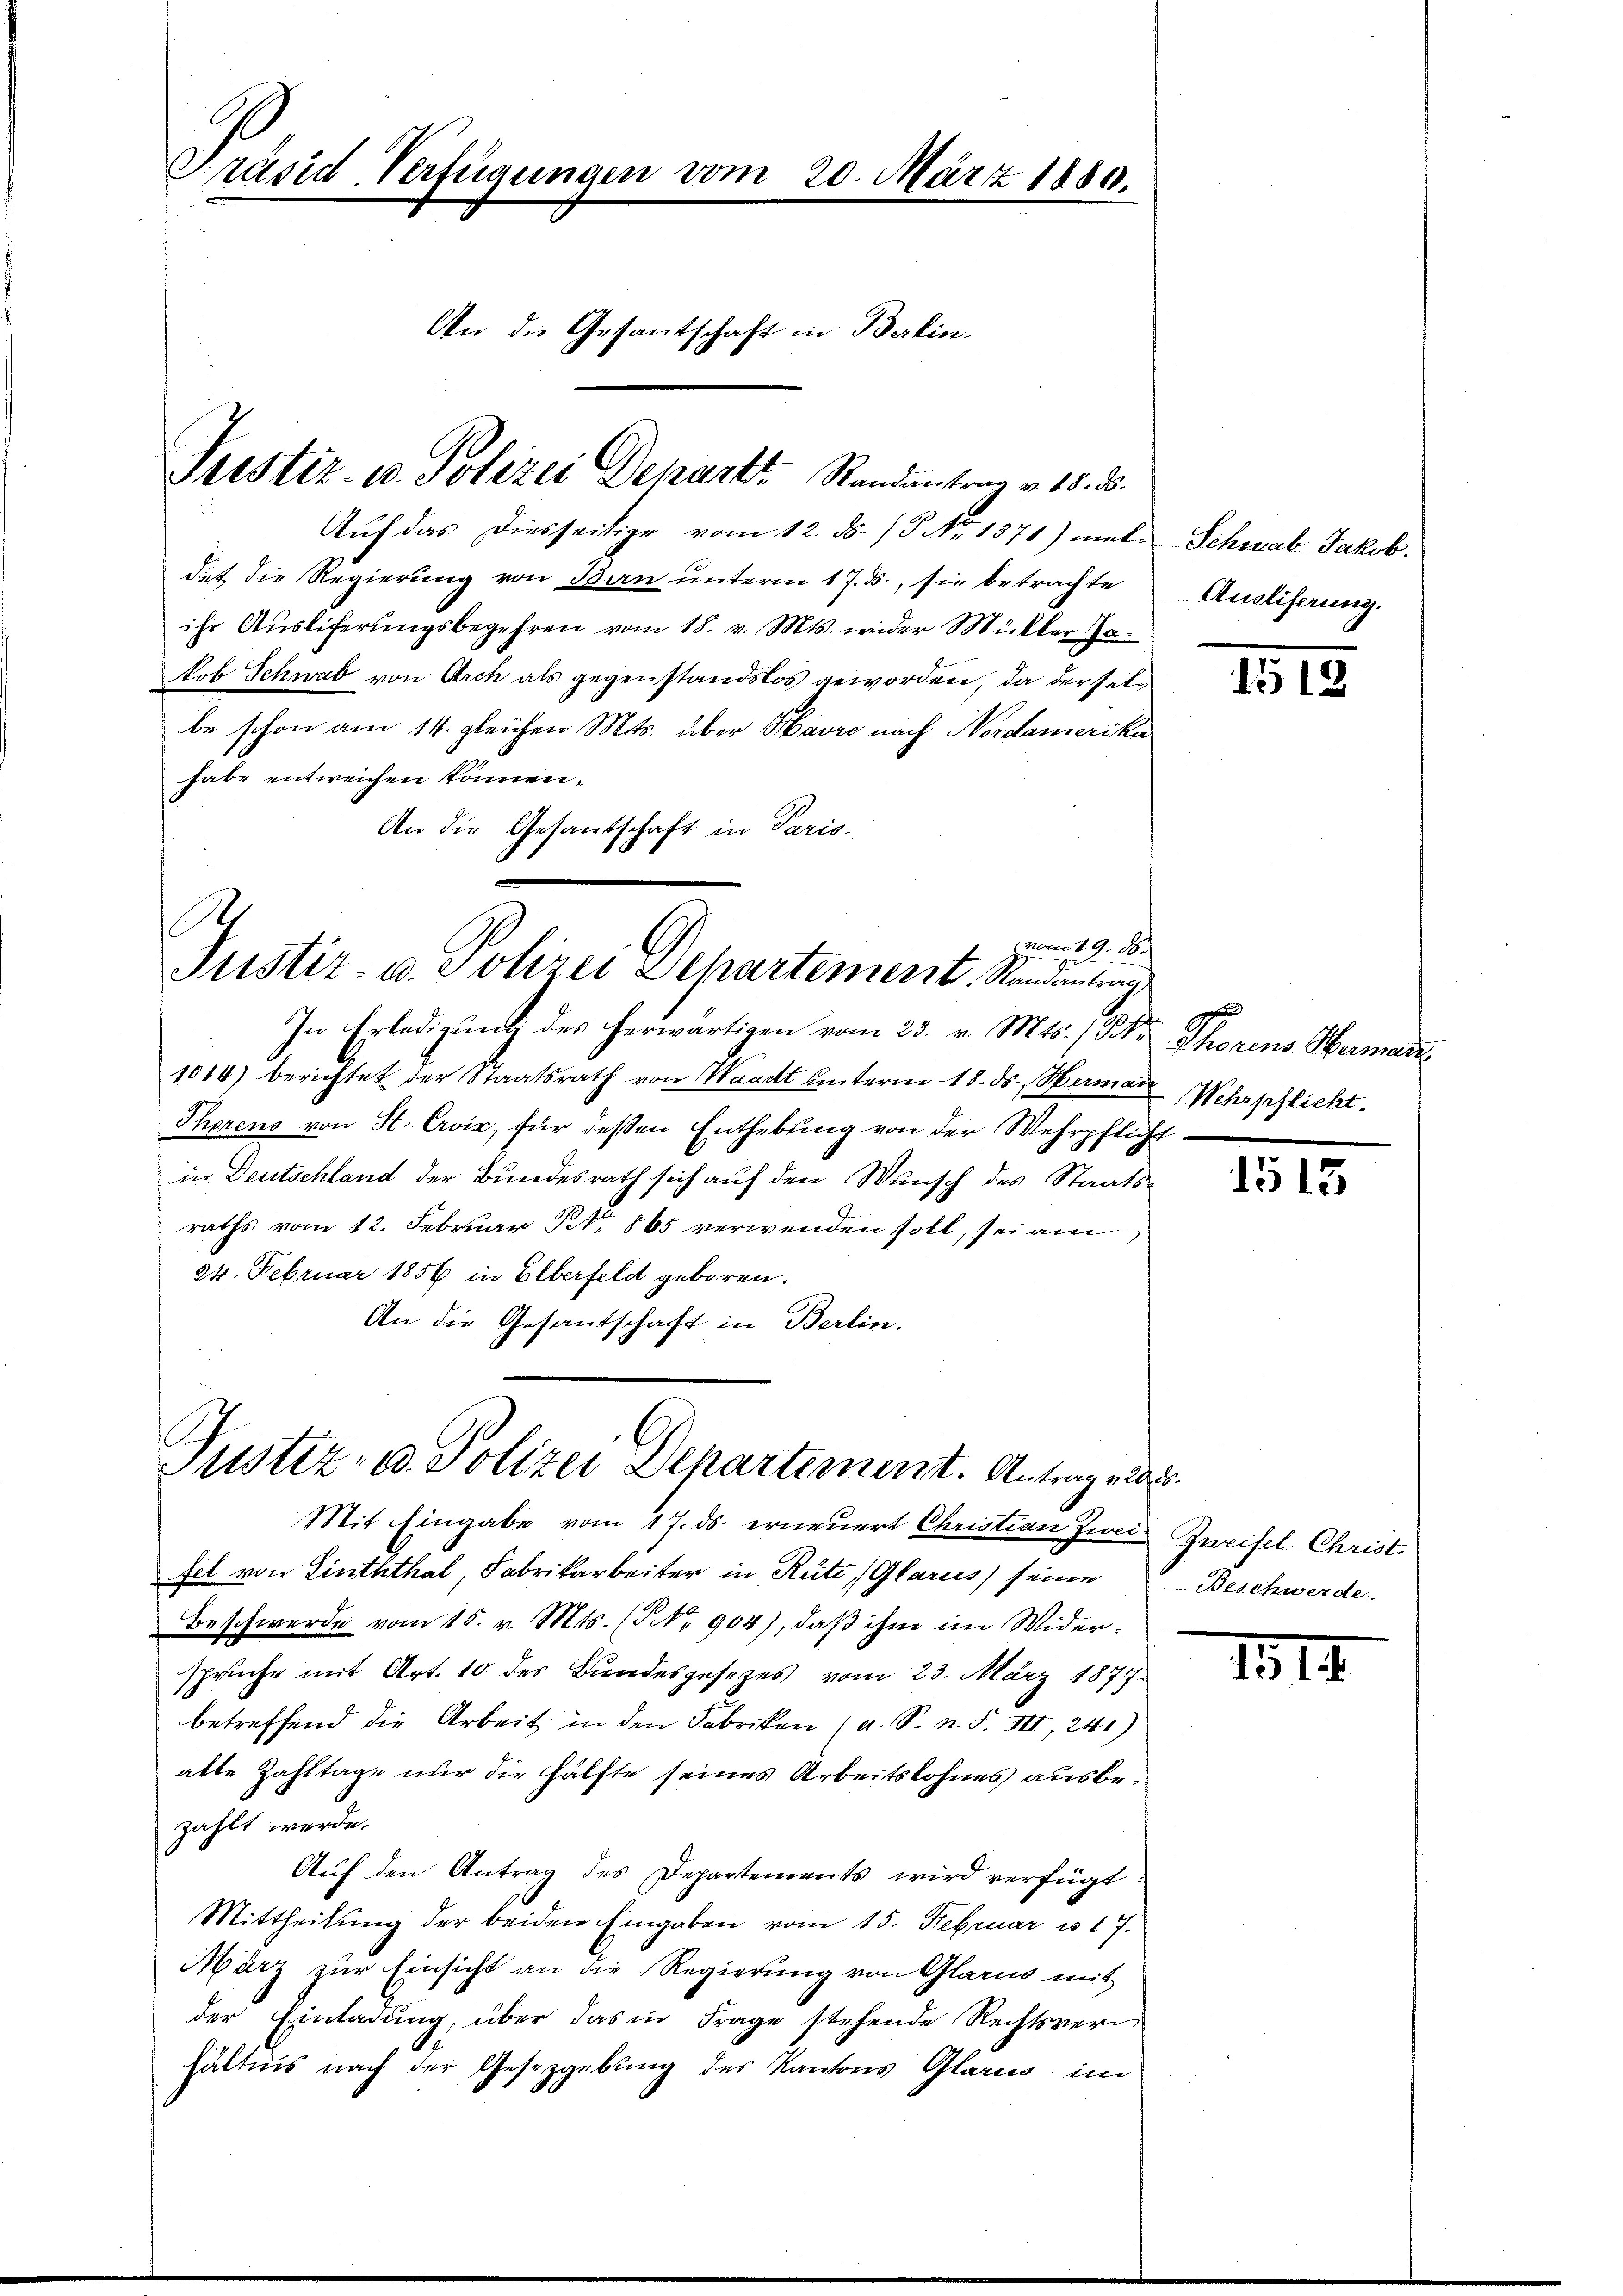
Präsid. Verfügungen vom 20. März 1880.
An die Gesantschaft in Berlin.

Justiz- u. Polizei Depart Randenstrag v. 18. ds.

Auf das diesseitige vom 12. ds. /5 No 1371) mit-
dat die Regierung von Bern unterm 17. ds., sie betrachte
ihr Ausliferungsbegehren vom 18. v. Mts. wieder Müller 70
kob Schwab von Arch als gegenstandslos geworden, da derselbe schon am 14. gleichen Mts. über Havre nach Nordamerika
habe entweichen können.
An die Gesantschaft in Paris.

S
vom 19. d.
Justiz- u. Polizei Departement Randantungs
In Erledigung des herwärtigen vom 23. v. Mts. 1 Petr. Thorens Herman

Justiz- u. Polizei Departement. Antrag und

1014) berichtet der Staatsrath von Waadt unterm 18. ds. Hamann Wehrpflicht.
Thorens von St. Cris, für dessen Enthebung von der Wehrpflicht
in Deutschland der Bundesrath sich auf den Wunsch des Staats-
raths vom 12. Februar Nr. 865 verwenden soll, sei am
24. Februar 1856 in Elberfeld geboren.
An die Gesantschaft in Berlin.

Mit Eingabe vom 17. ds. erneuert Christian Zwei Zweifel. Christ.
fel von Linththal, Fabrikarbeiter in Rüti, (Glarus seine Beschwerde.
Beschwerde vom 15. v. Mts. (NNo. 904), daß ihm im Widersprüche mit Art. 10 des Bundesgesezes vom 23. März 1877.
betreffend die Arbeit in den Fabriken (a. S. n. F. III, 241)
alte Zahltage nur die Hälfte seines Arbeitslohnes ausbezahlt werde.
Auf den Antrag des Departements wird verfügt:
Mittheilung der beiden Eingaben vom 15. Februar u. 17.
März zur Einsicht an die Regierung von Glarus mit
der Einladung, über das in Frage stehende Rechtsver
hältnis nach der Gesetzgebung des Kantons Glarus im

Schwab Jakob.
Ausliferung.

1515

1513

1912.